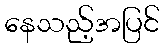
နေသည့်အပြင်